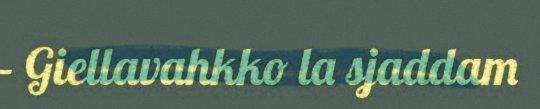
– Giellavahkko la sjaddam